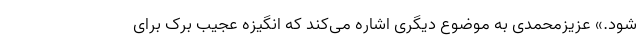
‌شود.» عزیزمحمدی به موضوع دیگری اشاره می‌کند که انگیزه عجیب برک برای